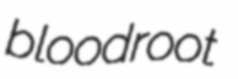
bloodroot